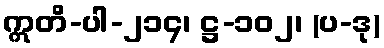
ဣတိ-ပါ-၂၁၄၊ ဋ္ဌ-၁၀၂၊ (ပ-ဒု)